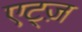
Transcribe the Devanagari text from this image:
एट्ज़